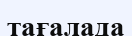
тағалада